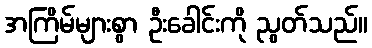
အကြိမ်များစွာ ဦးခေါင်းကို ညွတ်သည်။